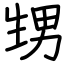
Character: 甥